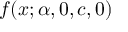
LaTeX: f ( x ; \alpha , 0 , c , 0 )